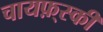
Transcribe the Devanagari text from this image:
चायफ़्स्की